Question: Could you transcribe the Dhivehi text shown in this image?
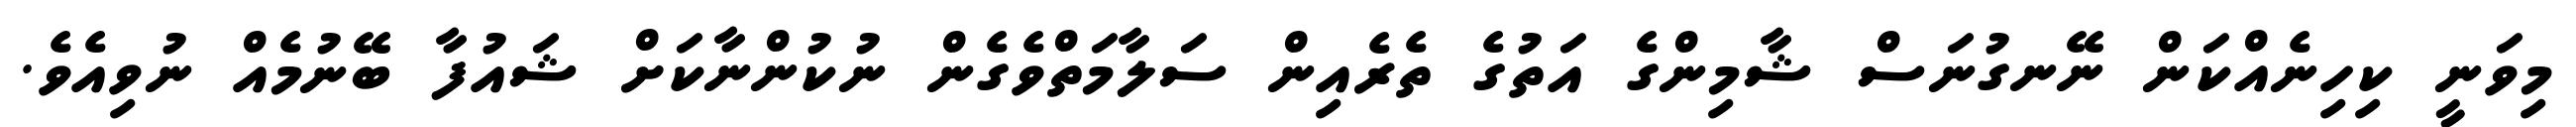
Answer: މިވަނީ ކިހިނެއްކަން ނޭނގުނަސް ޝާމިންގެ އަތުގެ ތެރެއިން ސަލާމަތްވެގެން ނުކުންނާކަށް ޝައުފާ ބޭނުމެއް ނުވިއެވެ.